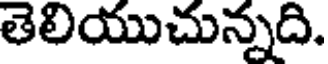
తెలియుచున్నది.